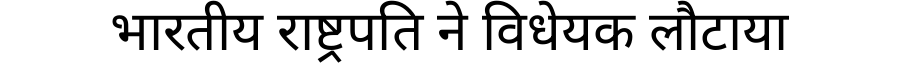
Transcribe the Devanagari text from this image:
भारतीय राष्ट्रपति ने विधेयक लौटाया